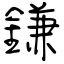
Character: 鎌